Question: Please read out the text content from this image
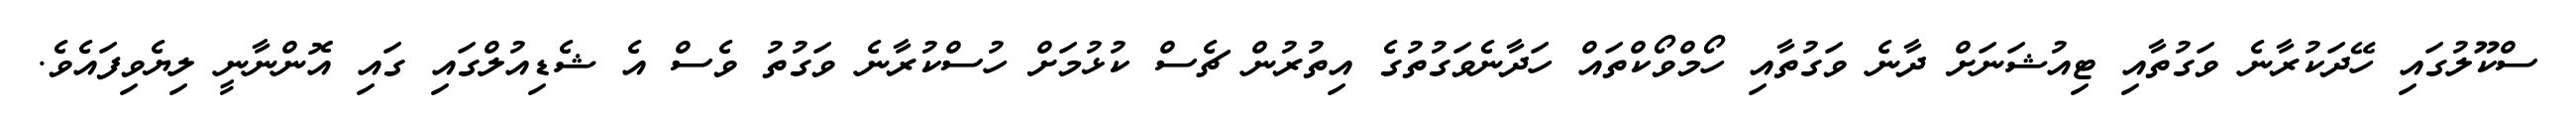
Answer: ސްކޫލުގައި ހޭދަކުރާނެ ވަގުތާއި ޓިއުޝަނަށް ދާނެ ވަގުތާއި ހޯމްވޯކްތައް ހަދާނެވަގުތުގެ އިތުރުން ޗެސް ކުޅުމަށް ހުސްކުރާނެ ވަގުތު ވެސް އެ ޝެޑިއުލްގައި ގައި އޮންނާނީ ލިޔެވިފައެވެ.